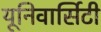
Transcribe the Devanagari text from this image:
यूनिवार्सिटी